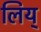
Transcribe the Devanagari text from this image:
लिय्